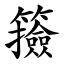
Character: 籡